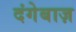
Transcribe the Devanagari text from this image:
दंगेबाज़